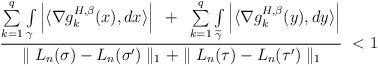
LaTeX: \begin{align*}{ \sum\limits_{k=1}^{q}\int\limits_\gamma\left|\langle \nabla g_{k}^{H,\beta}(x),dx\rangle \right | ~+~ \sum\limits_{k=1}^{q}\int\limits_{\widetilde{\gamma}}\left|\langle \nabla g_{k}^{H,\beta}(y),dy\rangle \right | \over \parallel L_n(\sigma) - L_n(\sigma') \parallel_1 + \parallel L_n(\tau) - L_n(\tau') \parallel_1 } ~<1 \end{align*}